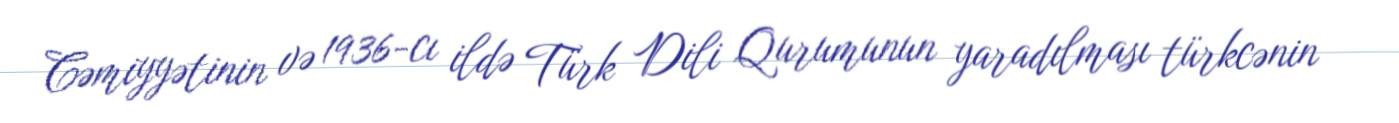
Cəmiyyətinin və 1936-cı ildə Türk Dili Qurumunun yaradılması türkcənin